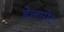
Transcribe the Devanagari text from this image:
हेलमोट